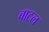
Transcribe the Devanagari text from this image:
बाटल